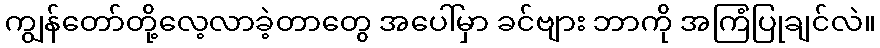
ကျွန်တော်တို့လေ့လာခဲ့တာတွေ အပေါ်မှာ ခင်ဗျား ဘာကို အကြံပြုချင်လဲ။